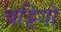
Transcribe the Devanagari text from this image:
चट्टियों